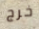
خرج